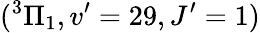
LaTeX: (^{3}\Pi_{1},v^{\prime}=29,J^{\prime}=1)